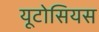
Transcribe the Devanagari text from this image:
यूटोसियस